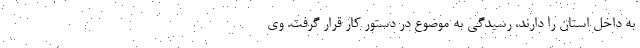
به داخل استان را دارند، رسیدگی به موضوع در دستور کار قرار گرفت. وی